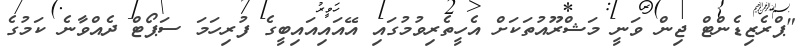
"ޕްރެޒިޑެންޓް ޖިން ވަނީ މަޝްރޫއުތަކަށް އެހީތެރިވުމުގައި އޭއައިއައިބީގެ ފުރިހަމަ ސަޕޯޓް ދެއްވާނެ ކަމުގެ